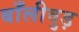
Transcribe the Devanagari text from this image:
बाँलीवुड़